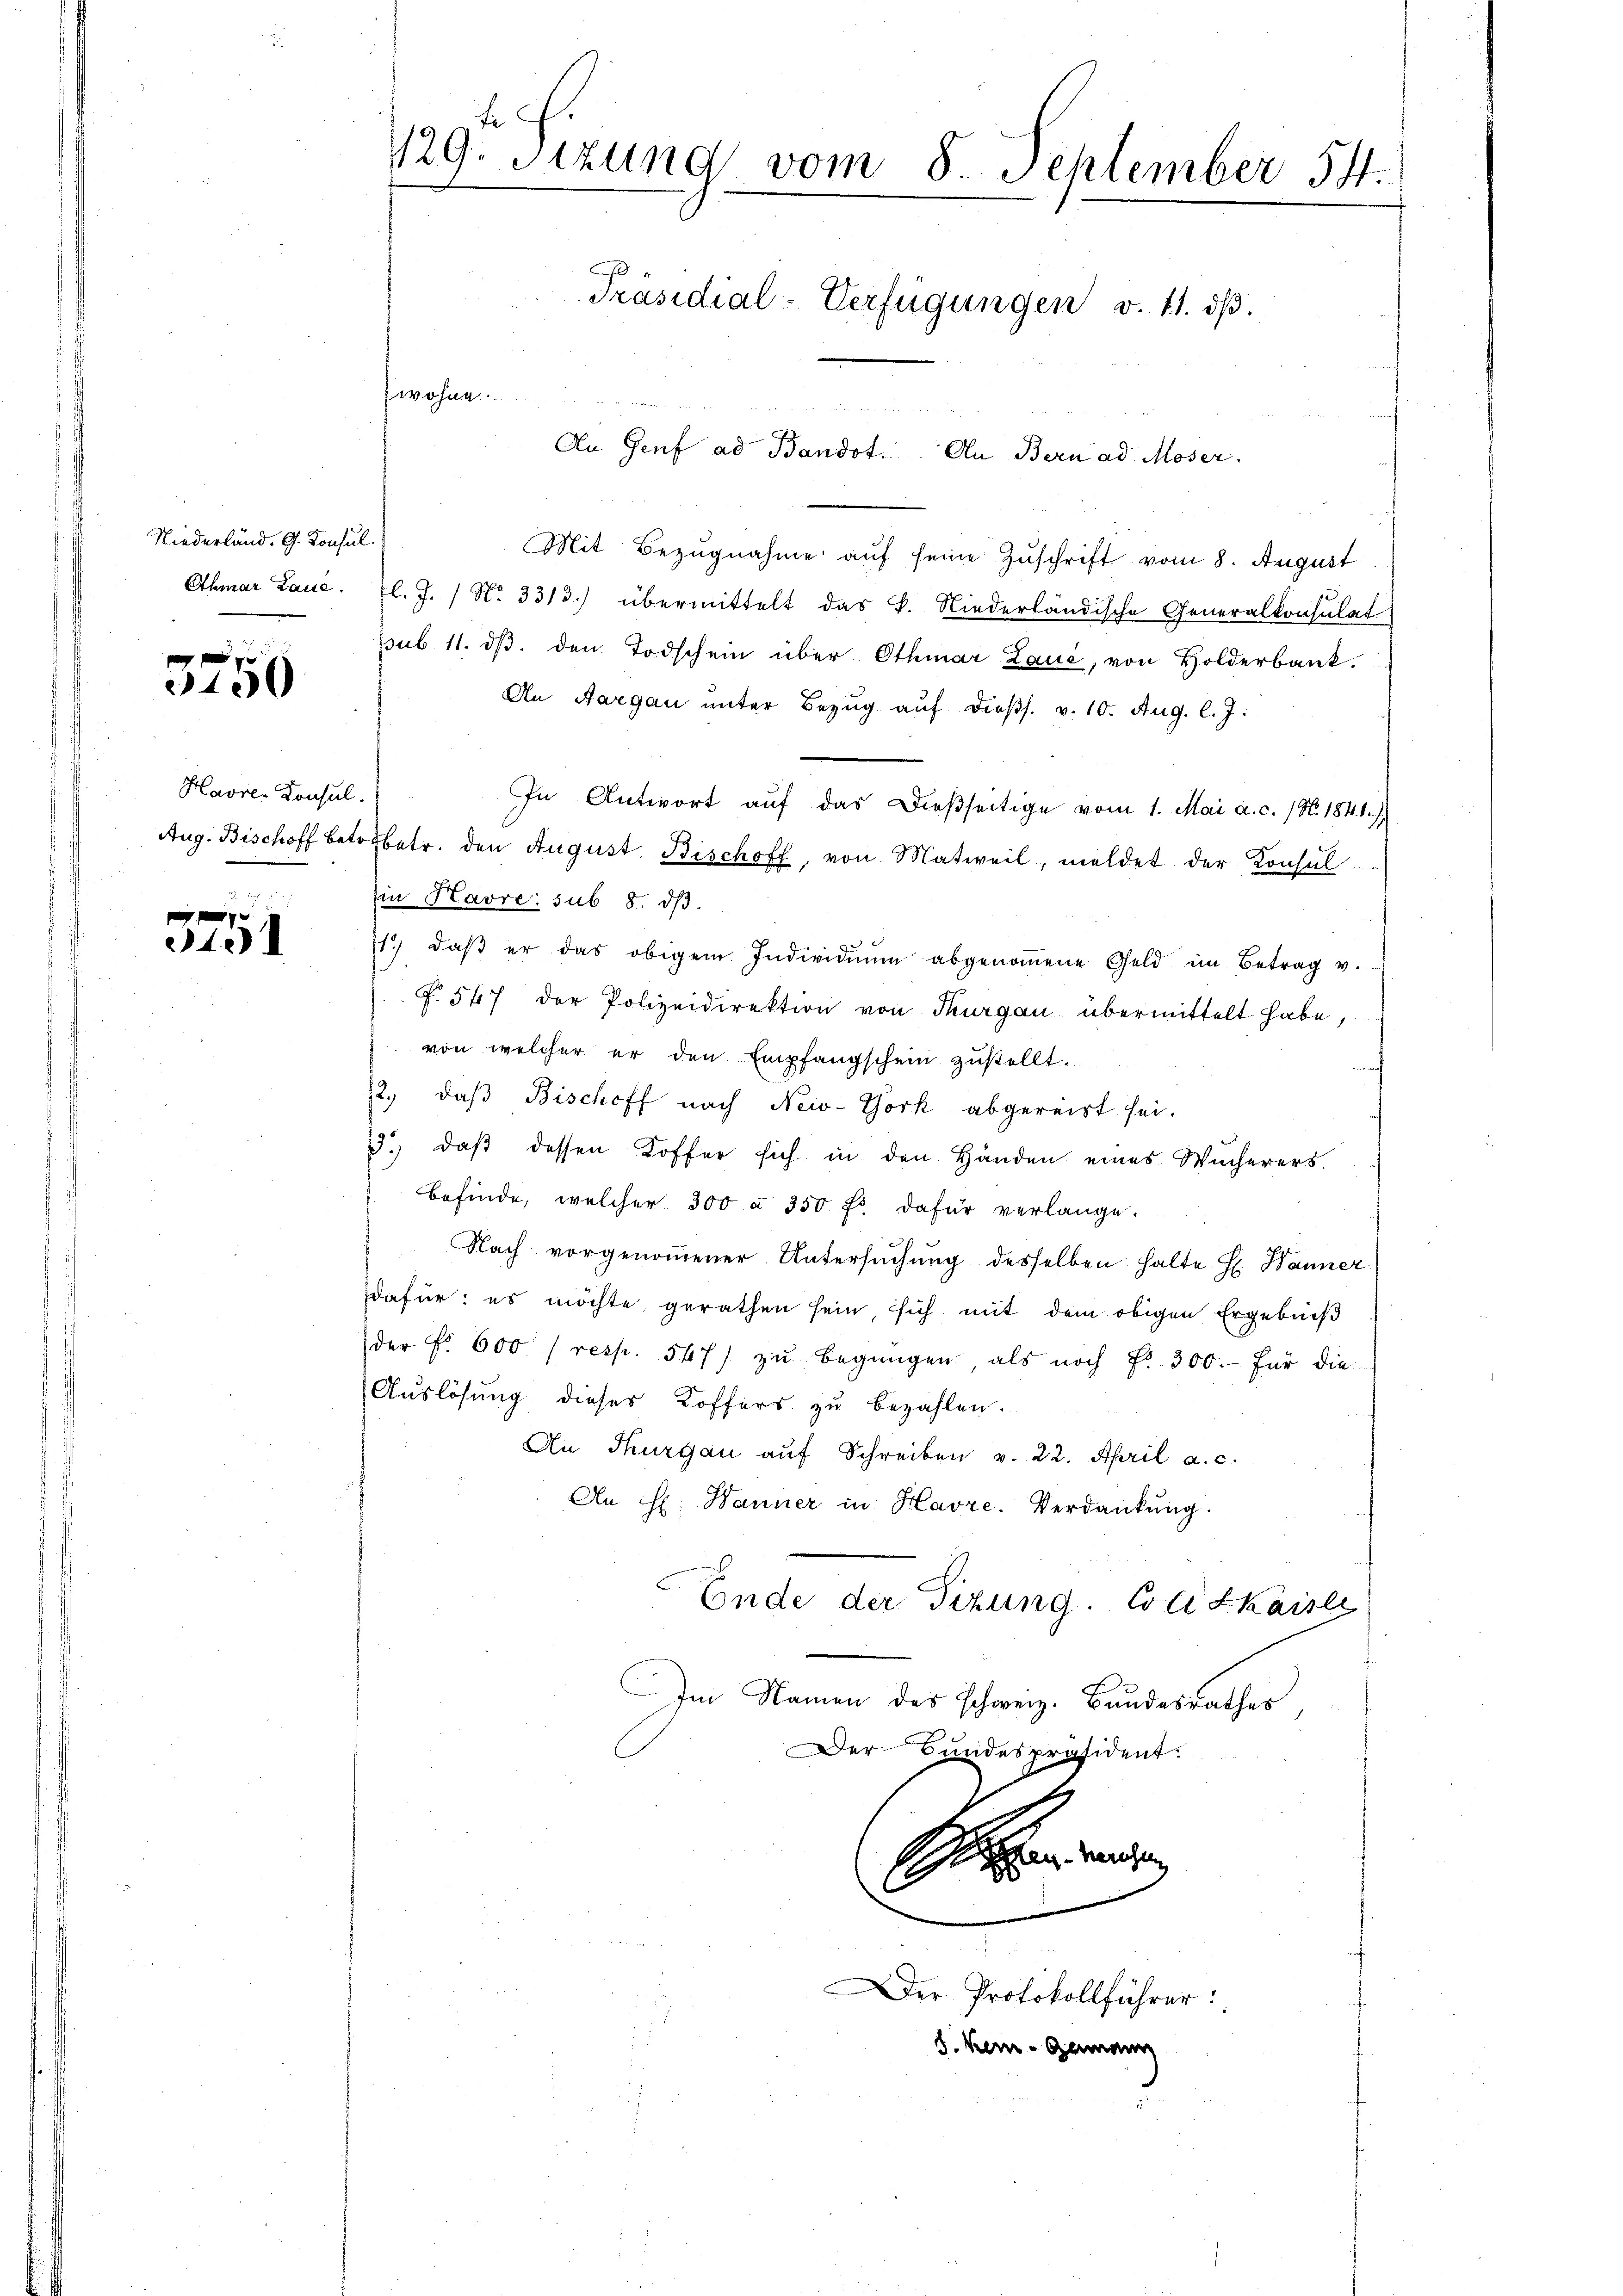
Niederländ. G. Konsul
Othmar Laue.

3750

Havre-Konsul

340

fe
129. Sitzung vom 8. September 54.

Präsidial-Verfügungen v. 11. dβ.

Mit Bezugnahme auf seine Zuschrift vom 8. August
l. J. / No 3313.) übermittelt das k. Niederländische Generalkonsulat
ssub 11. dβ. den Todschein über Othmar Laue, von Holderbank.
An Aargau unter Bezŭg aŭf dieβs. v. 10. Aug. l. J.
In Antwort auf das dießseitige vom 1. Mai a. c. (N. 1841.)
Aug. Bischoff betr. betr. den August Bischoff, von Matweil, meldet der Konsul
in Havre sub 8. dβ.
11.) daβ er das obigem Individuum abgenoṁene Geld im Betrag v.
f. 547 der Polizeidirektion von Thurgau übermittelt habe,
von welcher er den Empfangschein zustellt.
12. daβ Bischoff nach New-York abgereist sei.
3.) daß dessen Koffer sich in den Händen eines Wucherers.
befinde, welcher 300 à 350 fr. dafür verlange.
Nach vorgenommener Untersuchung desselben halte H. Hanner
dafür: es möchte gerathen sein, sich mit dem obigen Ergebniß
der Fr. 600 (resp. 547) zŭ begnügen, als noch Fr. 300.- für die
Auslösung dieses Koffers zu bezahlen.
An Thurgau auf Schreiben v. 22. April a. c.
An H. Hanner in Havre. Verdankŭng.
Ende der Tizung. Coll Skaiser
Im Namen des schweiz. Bundesrathes
Der Bundespräsident.
Schen werden
C
Der Protokollführer:
8. kein Germann

wohne

.
An Genf ad Bandot. An Bern ad Moser.